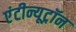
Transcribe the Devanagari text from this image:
एंटीन्यूट्रॉन